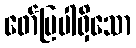
ဖော်ပြပါရှိသော